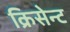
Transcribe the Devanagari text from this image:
क्रिसेन्‍ट